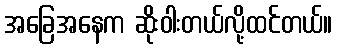
အခြေအနေက ဆိုးဝါးတယ်လို့ထင်တယ်။